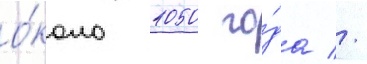
о́коло 1050 го́да //